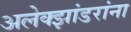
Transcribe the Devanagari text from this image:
अलेक्झांडरांना